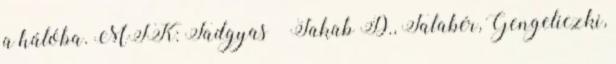
a hálóba. MTK: Fadgyas – Jakab D., Talabér, Gengeliczki,